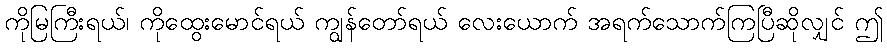
ကိုမြကြီးရယ်၊ ကိုထွေးမောင်ရယ် ကျွန်တော်ရယ် လေးယောက် အရက်သောက်ကြပြီဆိုလျှင် ဤ